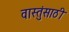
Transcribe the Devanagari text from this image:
वास्तुंसाठी